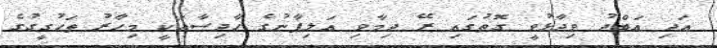
އަދި އަބްދު ވިދާޅުވީ ގޮތުގައި ރޭ ދިމާވި އަލިފާނުގެ ހާދިސާއަކީ މިހާރު ތަހުގީގުގެ